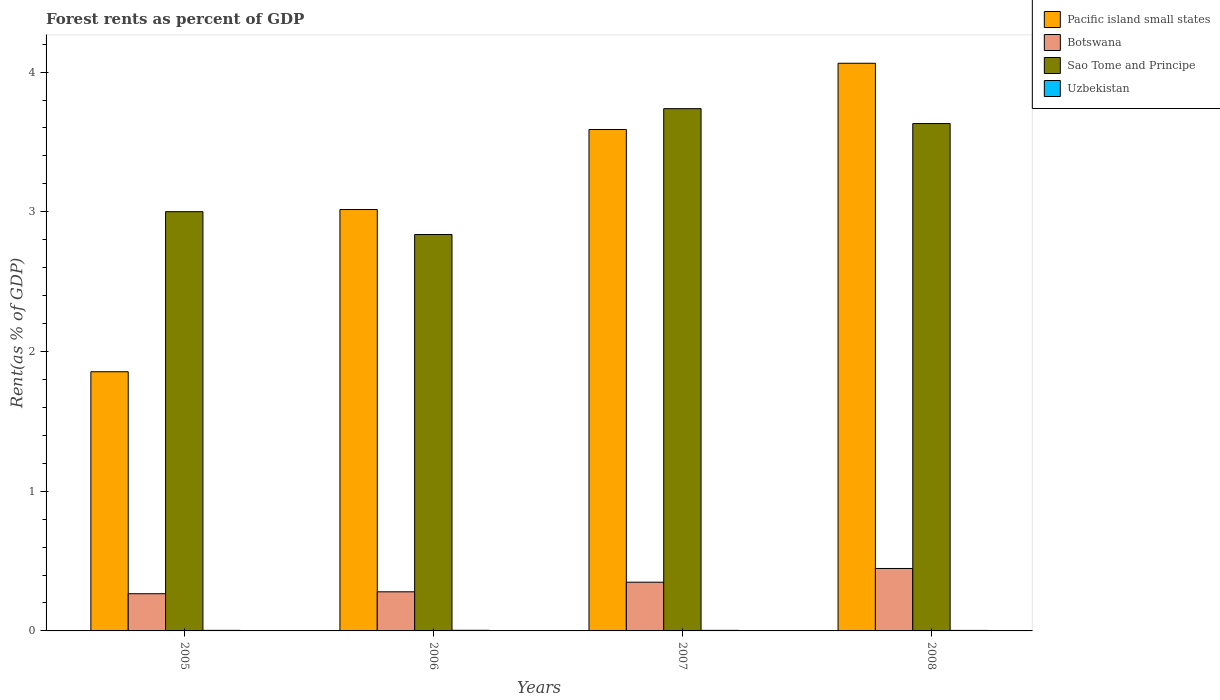
| Years | Pacific island small states | Botswana | Sao Tome and Principe | Uzbekistan |
 | --- | --- | --- | --- | --- |
 | 2005 | 1.86 | 0.266 | 3 | 0.00413 |
 | 2006 | 3.02 | 0.28 | 2.84 | 0.00452 |
 | 2007 | 3.59 | 0.349 | 3.74 | 0.00404 |
 | 2008 | 4.06 | 0.447 | 3.63 | 0.00379 |